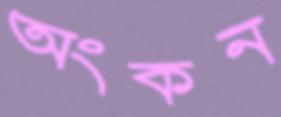
অংকন